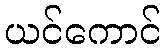
ယင်ကောင်